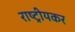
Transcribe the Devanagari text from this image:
राष्ट्रीयकर